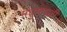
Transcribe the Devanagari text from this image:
मधुमाधवी